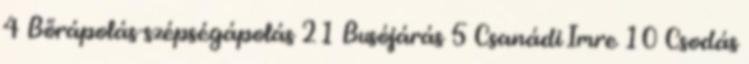
4 Bőrápolás-szépségápolás 21 Busójárás 5 Csanádi Imre 10 Csodás